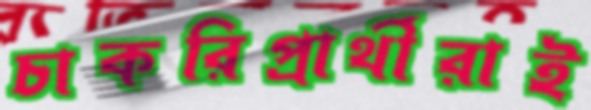
চাকরিপ্রার্থীরাই